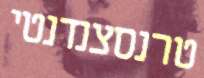
טרנסצנדנטי